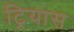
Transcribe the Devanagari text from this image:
ट्रियास